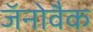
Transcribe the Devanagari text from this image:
जॅनोवैक